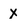
Character: X